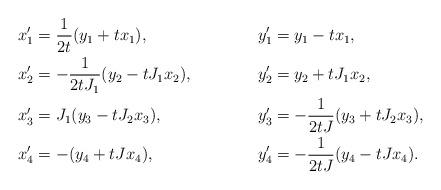
LaTeX: \begin{align*} x'_1 & = \frac{1}{2t} (y_1 + tx_1), & y'_1 & = y_1 - tx_1, \\ x'_2 & = - \frac{1}{2 tJ_1} (y_2 - tJ_1 x_2), & y'_2 & = y_2 + tJ_1 x_2, \\ x'_3 & = J_1 (y_3 - t J_2 x_3), & y'_3 & = - \frac{1}{2tJ}(y_3 + t J_2 x_3), \\ x'_4 & = -(y_4+ tJx_4), & y'_4 & = -\frac{1}{2tJ}(y_4 - tJx_4).\end{align*}